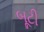
બૂટી